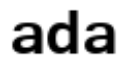
ada